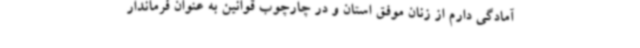
آمادگی دارم از زنان موفق استان و در چارچوب قوانین به عنوان فرماندار